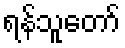
ရန်သူတော်